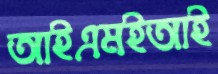
আইএমইআই